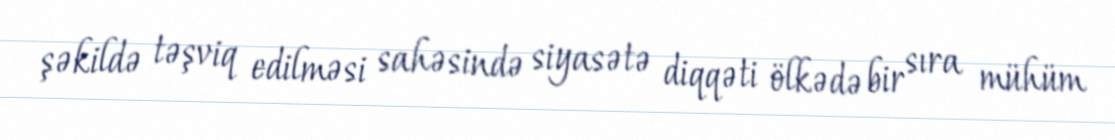
şəkildə təşviq edilməsi sahəsində siyasətə diqqəti ölkədə bir sıra mühüm